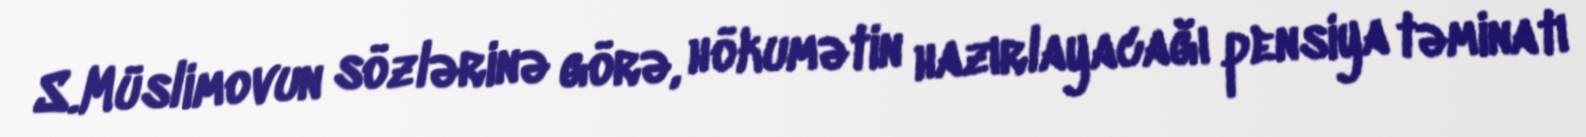
S.Müslimovun sözlərinə görə, hökumətin hazırlayacağı pensiya təminatı